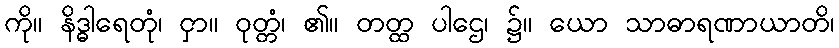
ကို။ နိဒ္ဓါရေတုံ၊ ငှာ။ ဝုတ္တံ၊ ၏။ တတ္ထ ပါဌေ၊ ၌။ ယော သာဓာရဏာယာတိ၊